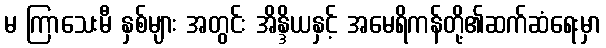
မ ကြာသေးမီ နှစ်များ အတွင်း အိန္ဒိယနှင့် အမေရိကန်တို့၏ဆက်ဆံရေးမှာ